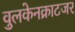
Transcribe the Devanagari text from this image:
वुलकेनक्राटजर